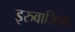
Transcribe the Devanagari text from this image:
इरुवाज़िनद